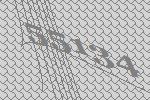
55134